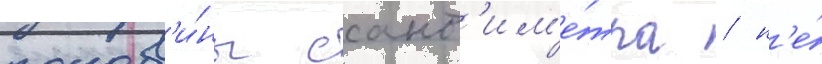
полов'и́ны сант'им'е́тра / н'е́